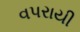
વપરાયી